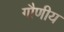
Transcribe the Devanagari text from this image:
गौणीय